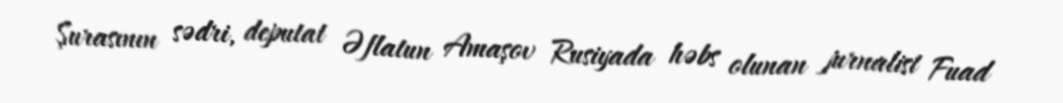
Şurasının sədri, deputat Əflatun Amaşov Rusiyada həbs olunan jurnalist Fuad